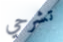
تشرحي